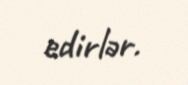
edirlər.